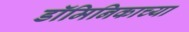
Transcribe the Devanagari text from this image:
डॉमिनिकाच्या